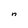
Character: n